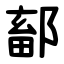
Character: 鄐